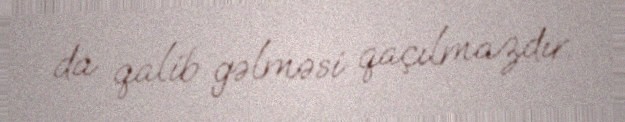
da qalib gəlməsi qaçılmazdır.